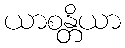
ယာစန္တိယာ